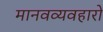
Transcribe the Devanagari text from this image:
मानवव्यवहारों